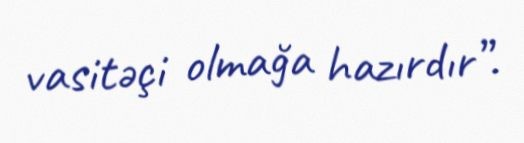
vasitəçi olmağa hazırdır”.